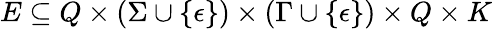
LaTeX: E\subseteq Q\times(\Sigma\cup\{ \epsilon\} )\times(\Gamma\cup\{ \epsilon\} )\times Q\times K